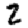
Digit: 2